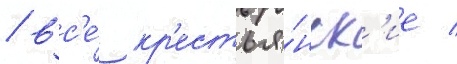
/ вс'е́ кр'естья́нск'ие /